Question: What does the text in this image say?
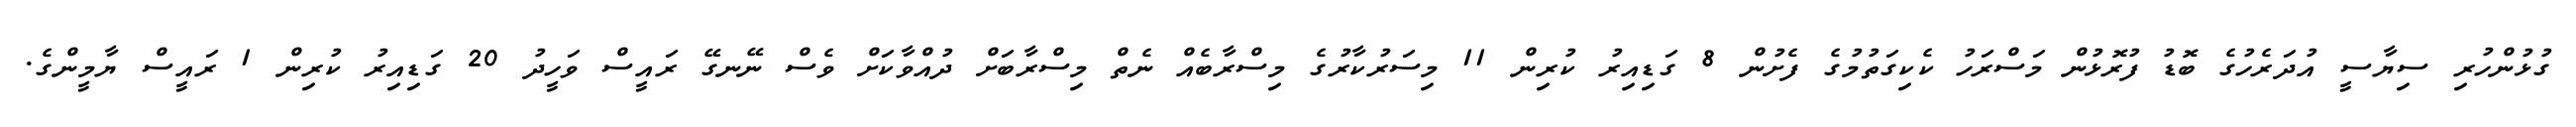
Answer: ގުޅުންހުރި ސިޔާސީ އުދަރެހުގެ ބޮޑު ފުރޮޅުން މަސްރަހު ކެކިގަތުމުގެ ފެށުން 8 ގަޑިއިރު ކުރިން 11 މިސަރުކާރުގެ މިސްރާބެއް ނެތް މިސްރާބަށް ދުއްވާކަށް ވެސް ނޭނގޭ ރައީސް ވަހީދު 20 ގަޑިއިރު ކުރިން 1 ރައީސް ޔާމީންގެ.